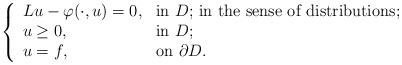
LaTeX: \begin{align*} \left\{ \begin{array}{ll} Lu-\varphi(\cdot,u)=0, & \hbox{in $D$; in the sense of distributions;} \\ u\geq 0, & \hbox{in $D$;} \\ u=f, & \hbox{on $\partial D$.} \end{array}\right.\end{align*}